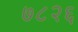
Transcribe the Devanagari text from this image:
७८२६